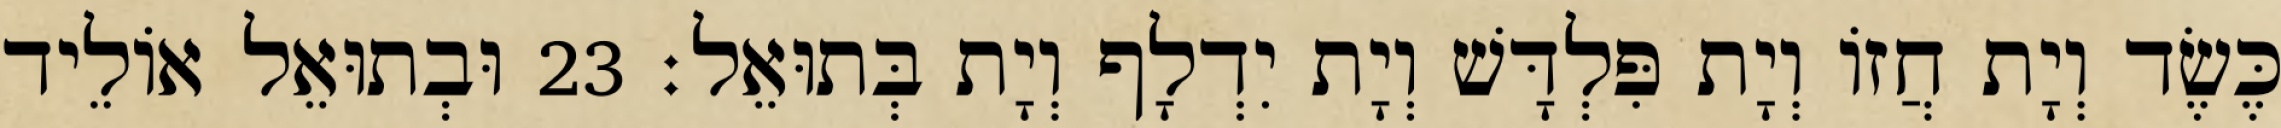
כֶּשֶׂד וְיָת חֲזוֹ וְיָת פִּלְדָּשׁ וְיָת יִדְלָף וְיָת בְּתוּאֵל׃ 23 וּבְתוּאֵל אוֹלֵיד